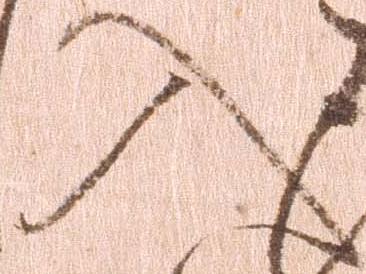
入